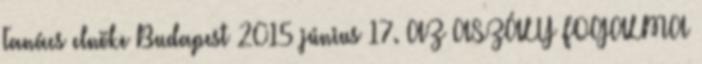
Tanács elnöke Budapest 2015 június 17. AZ ASZÁLY FOGALMA